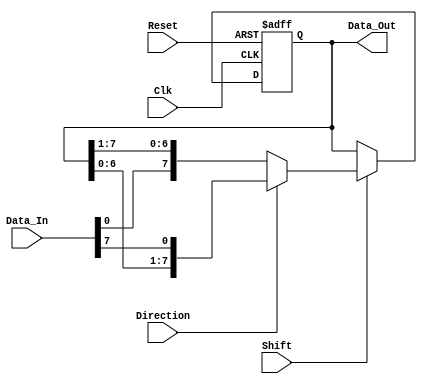
module ShiftRegister #(parameter N = 8) (
    input wire Clk,             // Clock signal
    input wire Reset,           // Asynchronous reset
    input wire [N-1:0] Data_In, // Input data
    input wire Shift,           // Shift control signal
    input wire Direction,       // Shift direction: 1 for left, 0 for right
    output reg [N-1:0] Data_Out // Output data
);

    // Asynchronous reset and shifting operation
    always @(posedge Clk or posedge Reset) begin
        if (Reset) begin
            Data_Out <= {N{1'b0}}; // Clear the shift register
        end else if (Shift) begin
            if (Direction) begin
                // Left shift: Feed Data_In into the LSB
                Data_Out <= {Data_Out[N-2:0], Data_In[N-1]};
            end else begin
                // Right shift: Feed Data_In into the MSB
                Data_Out <= {Data_In[0], Data_Out[N-1:1]};
            end
        end
    end

endmodule